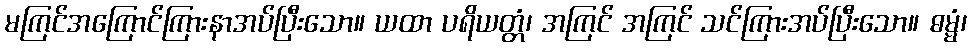
မကြင်အကြောင်ကြားနာအပ်ပြီးသော။ ယထာ ပရိယတ္တံ၊ အကြင် အကြင် သင်ကြားအပ်ပြီးသော။ ဓမ္မံ၊